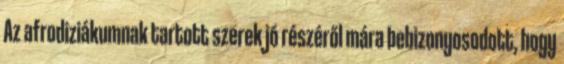
Az afrodiziákumnak tartott szerek jó részéről mára bebizonyosodott, hogy